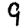
Digit: 9